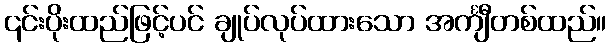
၎င်းပိုးထည်ဖြင့်ပင် ချုပ်လုပ်ထားသော အင်္ကျီတစ်ထည်။